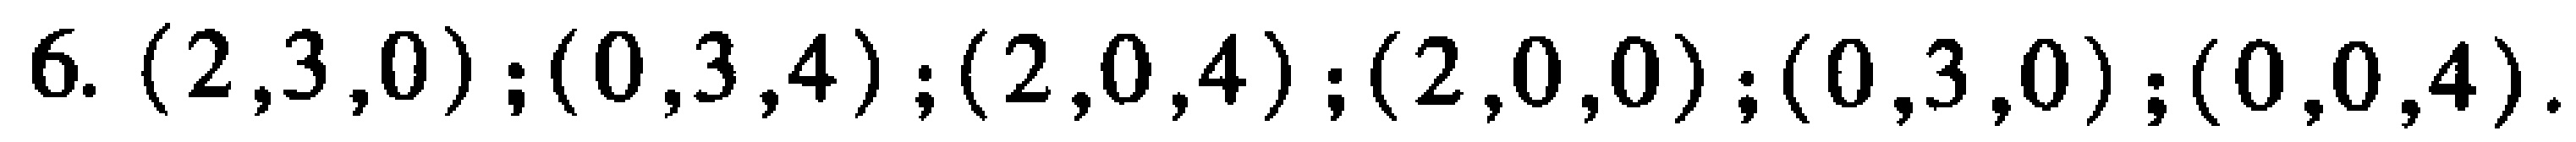
6. $(2,3,0);(0,3,4);(2,0,4);(2,0,0);(0,3,0);(0,0,4).$